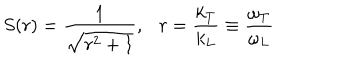
S ( r ) = \frac { 1 } { \sqrt { r ^ { 2 } + 1 } } , r = \frac { k _ { T } } { k _ { L } } \equiv \frac { \omega _ { T } } { \omega _ { L } }